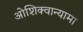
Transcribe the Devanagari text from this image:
ओशिक्वान्यामा